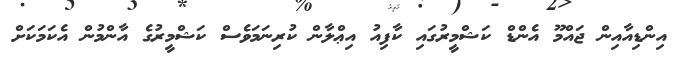
އިންޑިއާއިން ޖައްމޫ އެންޑް ކަޝްމީރުގައި ކާފިއު އިޢްލާން ކުރިނަމަވެސް ކަޝްމީރުގެ އާންމުން އެކަމަކަށް